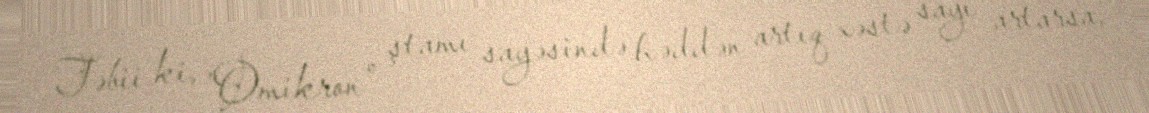
Təbii ki, "Omikron" ştamı sayəsində həddən artıq xəstə sayı artarsa,